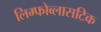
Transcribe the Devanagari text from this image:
लिम्फोब्लासटिक